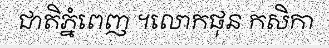
ជាតិភ្នំពេញ ។លោកផុន កសិកា